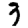
Digit: 3